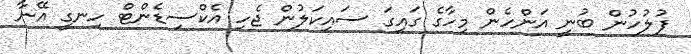
ފުލުހުން ބުނީ އަންހެން މިހާގެ ގައިގަ ސައިކަލުން ޖެހި އެކްސިޑެންޓް ހިނގީ އޭނާ